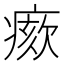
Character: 𤸺